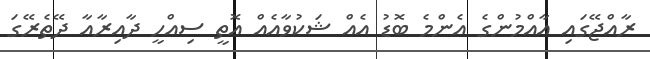
ރާއްޖޭގައި އާއްމުންގެ އެންމެ ބޮޑު އެއް ޝަކުވާއެއް އޮތީ ސިއްހީ ދާއިރާއާ ދޭތެރޭގަ